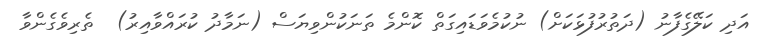
އަދި ކަލޭގެފާނު (ދަތުރުފުޅަކަށް) ނުކުމެވަޑައިގަތް ކޮންމެ ތަނަކުންވިޔަސް (ނަމާދު ކުރައްވާއިރު)  ތެރިވެގެންވާ